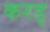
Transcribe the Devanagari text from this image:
करड्